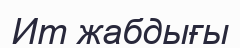
Ит жабдығы